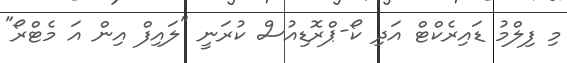
މި ފިލްމު ޑައިރެކްޓް އަދި ކޯ-ޕްރޮޑިއުސް ކުރަނީ "ލައިފް އިން އަ މެޓްރޯ"